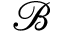
\mathcal { B }